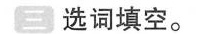
三 选词填空。